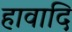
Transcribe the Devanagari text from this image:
हावादि